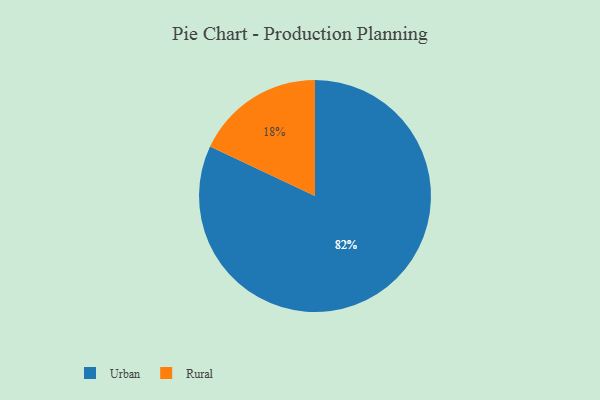
{"axis": {"x": "Category", "y": "Percentage"}, "legend": ["Rural", "Urban"], "data": [{"x": "Urban", "y": 82, "type": "Urban"}, {"x": "Rural", "y": 18, "type": "Rural"}]}